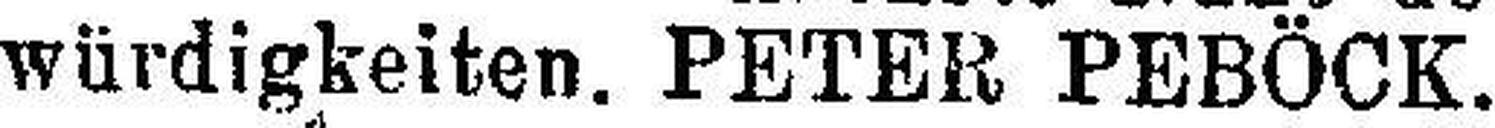
würdigkeiten. PETER PEBÖCK. 10123